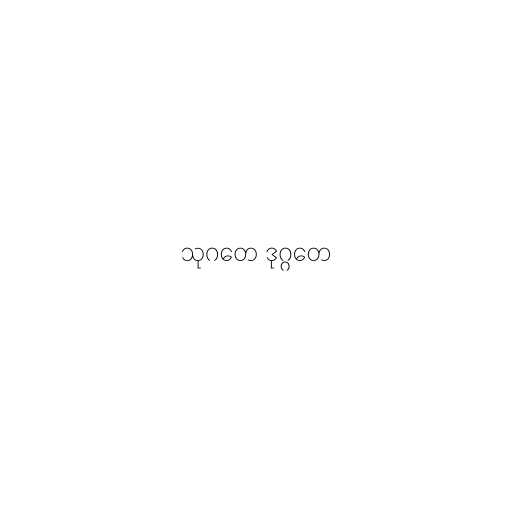
သုဂတေ ဒုဂ္ဂတေ